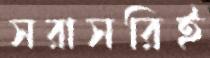
সরাসরিই